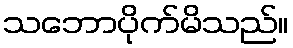
သဘောပိုက်မိသည်။